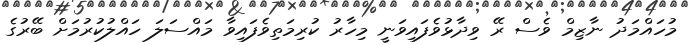
މުހައްމަދު ނާޒިމް ވެސް ރޭ ވިދާޅުވެފައިވަނީ މިހާރު ކުރިމަތިވެފައިވާ މައްސަލަ ހައްލުކުރުމަށް ބޭރުގެ